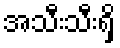
အသီးသီးရှိ